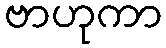
ဗာဟုကာ